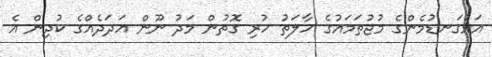
އަޅުގަނޑުމެންގެ މުޖުތަމައުގެ ހާލަތު ހުރި ގޮތުން މަދު ނޫން އަދަދެއްގެ ކުދިން އެ